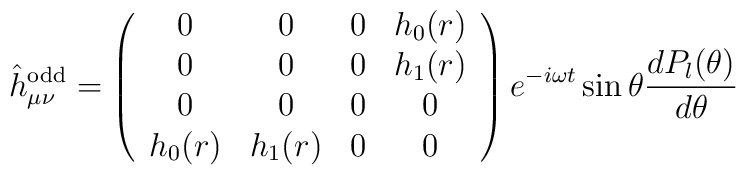
\hat h_{\mu\nu}^{\rm odd} = \left (\begin{array}{cccc}0 & 0 & 0 & h_0(r) \\0 & 0 & 0 & h_1(r) \\0 & 0 & 0 & 0 \\h_0(r) & h_1(r) & 0 & 0\end{array}\right ) e^{-i\omega t} \sin\theta {{d P_l(\theta)} \over {d\theta}}